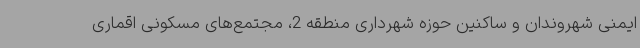
ایمنی شهروندان و ساکنین حوزه شهرداری منطقه 2، مجتمع‌های مسکونی اقماری